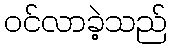
ဝင်လာခဲ့သည်